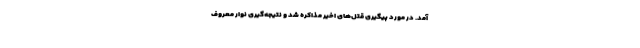
آمد. در مورد پیگیرى قتل‌هاى اخیر مذاكره شد و نتیجه‌گیرى نوار معروف